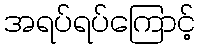
အရပ်ရပ်ကြောင့်